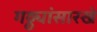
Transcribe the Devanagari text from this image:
गठ्ठ्यांसारखे